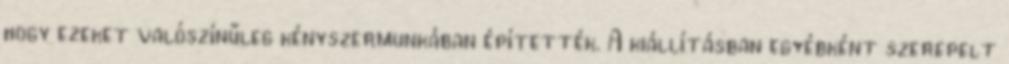
hogy ezeket valószínűleg kényszermunkában építették. A kiállításban egyébként szerepelt